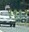
૧૧૧૨